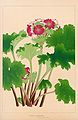
候馆梅残，溪桥柳细。